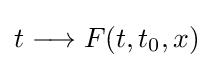
t\longrightarrow F(t,t_{0},x)